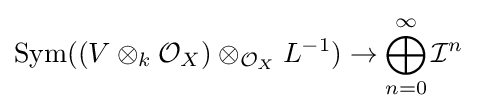
\operatorname {Sym} ((V\otimes _{k}{\mathcal {O}}_{X})\otimes _{{\mathcal {O}}_{X}}L^{-1})\to \bigoplus _{n=0}^{\infty }{\mathcal {I}}^{n}